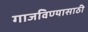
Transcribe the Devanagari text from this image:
गाजविण्यासाठी